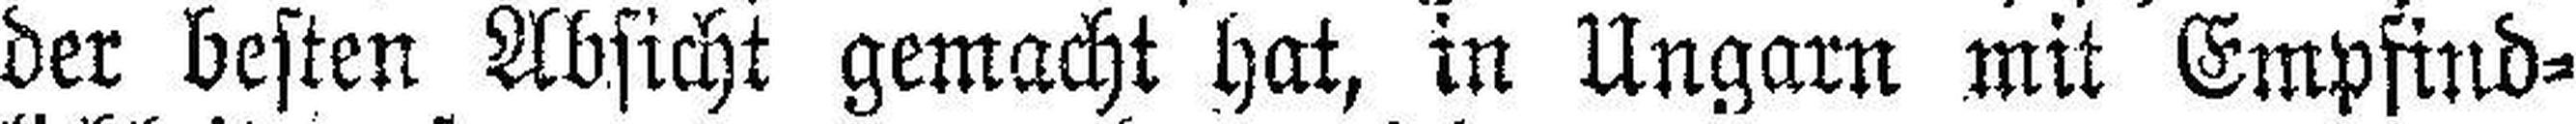
der besten Absicht gemacht hat, in Ungarn mit Empfind¬